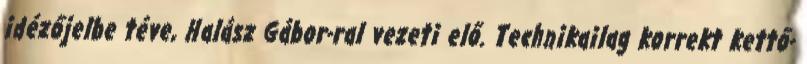
idézőjelbe téve, Halász Gábor-ral vezeti elő. Technikailag korrekt kettő-